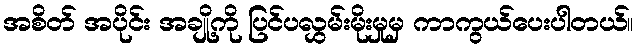
အစိတ် အပိုင်း အချို့ကို ပြင်ပလွှမ်းမိုးမှုမှ ကာကွယ်ပေးပါတယ်။